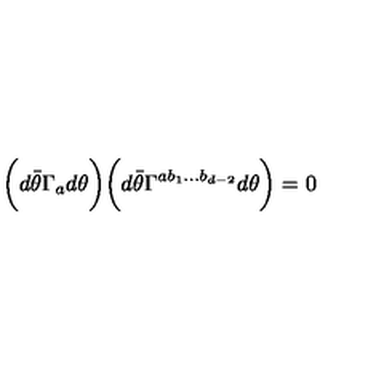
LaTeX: \biggl ( d { \bar { \theta } } \Gamma _ { a } d \theta \biggr ) \biggl ( d { \bar { \theta } } \Gamma ^ { a b _ { 1 } \ldots b _ { d - 2 } } d \theta \biggr ) = 0